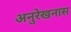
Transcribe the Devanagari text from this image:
अनुरेखनास